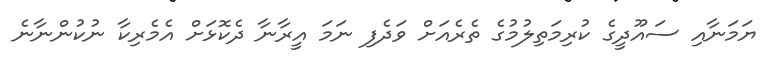
ޔަމަނާއި ސައޫދީގެ ކުރިމަތިލުމުގެ ތެރެއަށް ވަދެފި ނަމަ އީރާނާ ދެކޮޅަށް އެމެރިކާ ނުކުންނާނެ